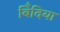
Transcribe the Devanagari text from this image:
बिँदिया